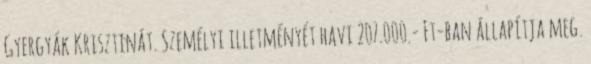
Gyergyák Krisztinát. Személyi illetményét havi 207.000.- Ft-ban állapítja meg.